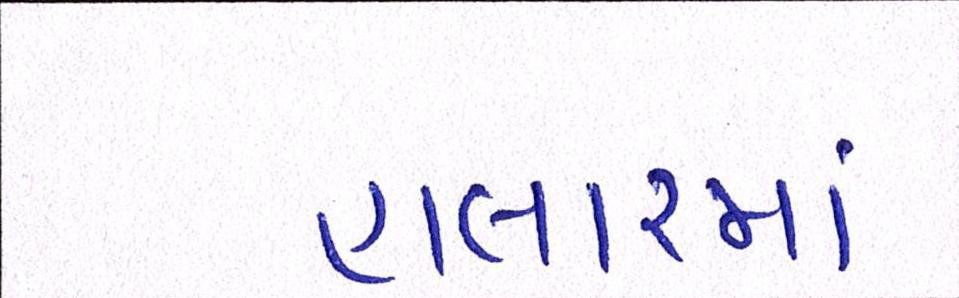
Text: હાલારમાં